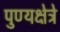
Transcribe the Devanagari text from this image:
पुण्यक्षेत्रे